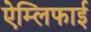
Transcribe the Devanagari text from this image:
ऐम्लिफाई